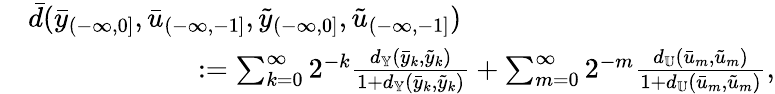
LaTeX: \begin{array}{rl}&{\bar{d}(\bar{y}_{(-\infty,0]},\bar{u}_{(-\infty,-1]},\tilde{y}_{(-\infty,0]},\tilde{u}_{(-\infty,-1]})}\\ &{\qquad\qquad\qquad:=\sum_{k=0}^{\infty}2^{-k}\frac{d_{\mathbb{Y}}(\bar{y}_{k},\tilde{y}_{k})}{1+d_{\mathbb{Y}}(\bar{y}_{k},\tilde{y}_{k})}+\sum_{m=0}^{\infty}2^{-m}\frac{d_{\mathbb{U}}(\bar{u}_{m},\tilde{u}_{m})}{1+d_{\mathbb{U}}(\bar{u}_{m},\tilde{u}_{m})},}\end{array}